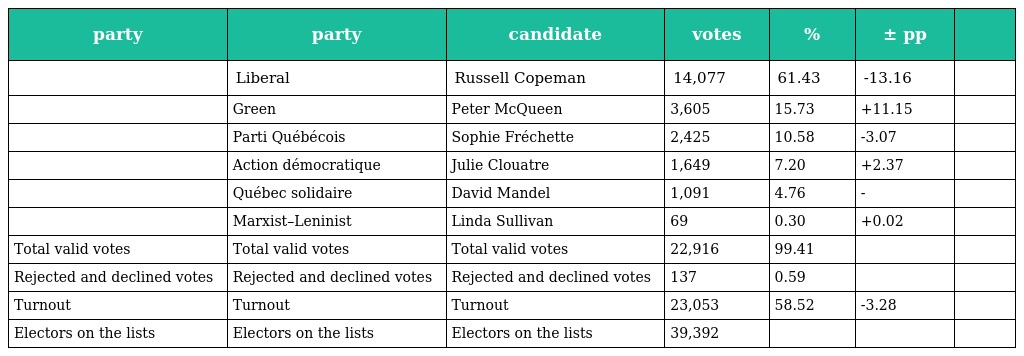
| party | party | candidate | votes | % | ± pp |  |
 | --- | --- | --- | --- | --- | --- | --- |
 |  | Liberal | Russell Copeman | 14,077 | 61.43 | -13.16 |  |
 |  | Green | Peter McQueen | 3,605 | 15.73 | +11.15 |  |
 |  | Parti Québécois | Sophie Fréchette | 2,425 | 10.58 | -3.07 |  |
 |  | Action démocratique | Julie Clouatre | 1,649 | 7.20 | +2.37 |  |
 |  | Québec solidaire | David Mandel | 1,091 | 4.76 | - |  |
 |  | Marxist–Leninist | Linda Sullivan | 69 | 0.30 | +0.02 |  |
 | Total valid votes | Total valid votes | Total valid votes | 22,916 | 99.41 |  |  |
 | Rejected and declined votes | Rejected and declined votes | Rejected and declined votes | 137 | 0.59 |  |  |
 | Turnout | Turnout | Turnout | 23,053 | 58.52 | -3.28 |  |
 | Electors on the lists | Electors on the lists | Electors on the lists | 39,392 |  |  |  |